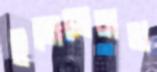
ইলেভেনথ